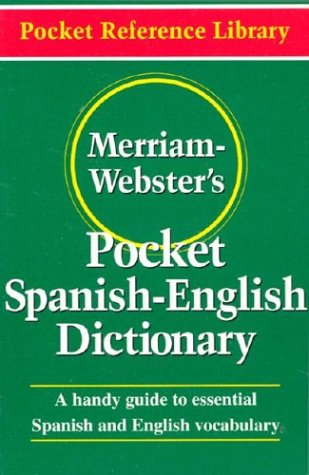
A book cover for Merriam-Webster's Pocket Spanish-English Dictionary (Pocket Reference Library); Merriam-Webster; Test Preparation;